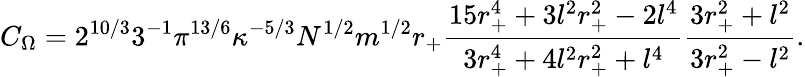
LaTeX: C_{\Omega}=2^{10/3}3^{-1}\pi^{13/6}\kappa^{-5/3}N^{1/2}m^{1/2}r_{+}\frac{15r_{+}^{4}+3l^{2}r_{+}^{2}-2l^{4}}{3r_{+}^{4}+4l^{2}r_{+}^{2}+l^{4}}\frac{3r_{+}^{2}+l^{2}}{3r_{+}^{2}-l^{2}}.